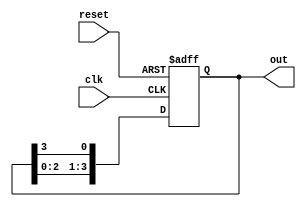
module ring_counter #(
    parameter N = 4  // Number of flip-flops
) (
    input wire clk,       // Clock signal
    input wire reset,     // Reset signal
    output reg [N-1:0] out // Output representing the current state
);

    // Initial state
    initial begin
        out = 1'b1; // Set the initial state to 100...0
    end

    always @(posedge clk or posedge reset) begin
        if (reset) begin
            out <= 1'b1; // Reset to initial state (100...0)
        end else begin
            out <= {out[N-2:0], out[N-1]}; // Shift the '1' through the flip-flops
        end
    end

endmodule